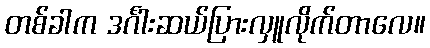
တစ်ခါက ဒင်္ဂါးဆယ်ပြားလှူလိုက်တာလေ။